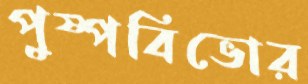
পুষ্পবিভোর